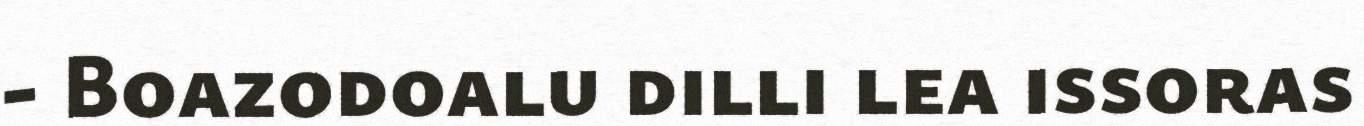
- Boazodoalu dilli lea issoras